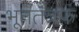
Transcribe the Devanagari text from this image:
भूततंत्रफ़